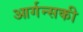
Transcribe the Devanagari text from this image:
आर्गन्सकी